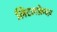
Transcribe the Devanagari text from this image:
लिटलफ़ेदर